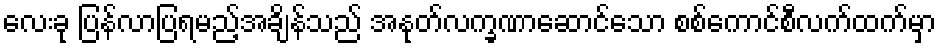
လေးခု ပြန်လာပြရမည့်အချိန်သည် အနုတ်လက္ခဏာဆောင်သော စစ်ကောင်စီလက်ထက်မှာ